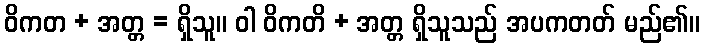
ဝိကတ + အတ္တ = ရှိသူ။ ဝါ ဝိကတိ + အတ္တ ရှိသူသည် အပကတတ် မည်၏။